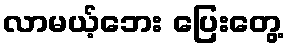
လာမယ့်ဘေး ပြေးတွေ့